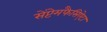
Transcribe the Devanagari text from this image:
सेंप्टेमफैसिऐटा